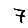
Digit: 7